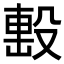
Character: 𣪠